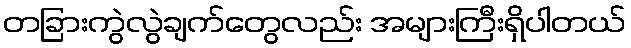
တခြားကွဲလွဲချက်တွေလည်း အများကြီးရှိပါတယ်